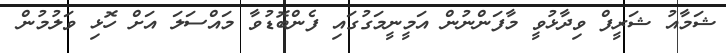
ޝަމާއު ޝަރީފް ވިދާޅުވީ މާފަންނުން އަމީނީމަގުގައި ފެންބޮޑުވާ މައްސަލަ އަށް ހޮޅި ވަލުމުން